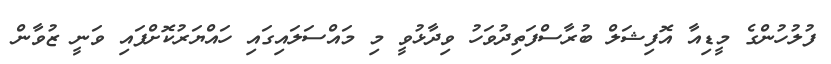
ފުލުހުންގެ މީޑިއާ އޮފިޝަލް ބުރާސްފަތިދުވަހު ވިދާޅުވީ މި މައްސަލައިގައި ހައްޔަރުކޮށްފައި ވަނީ ޒުވާން